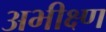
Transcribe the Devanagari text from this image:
अभीक्ष्ण